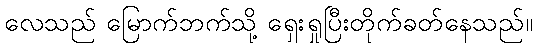
လေသည် မြောက်ဘက်သို့ ရှေးရှုပြီးတိုက်ခတ်နေသည်။